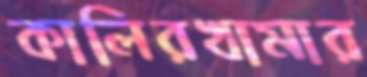
কালিরখামার